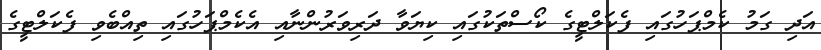
އަދި ގަމު ކެމްޕަހުގައި ފެކަލްޓީގެ ކޯސްތަކުގައި ކިޔަވާ ދަރިވަރުންނާއި އެކެމްޕަހުގައި ތިއްބެވި ފެކަލްޓީގެ